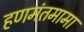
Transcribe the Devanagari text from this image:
हणमंतमामा